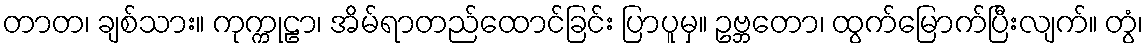
တာတ၊ ချစ်သား။ ကုက္ကုဠာ၊ အိမ်ရာတည်ထောင်ခြင်း ပြာပူမှ။ ဥဗ္ဘတော၊ ထွက်မြောက်ပြီးလျက်။ တွံ၊